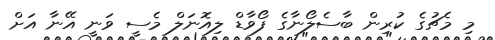
މި މެޗުގެ ކުރިން ބާސެލޯނާގެ ފޯވާޑް ލިއޮނަލް މެސީ ވަނީ އޭނާ އަށް